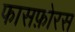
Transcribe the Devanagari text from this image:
फासफ़ोरस